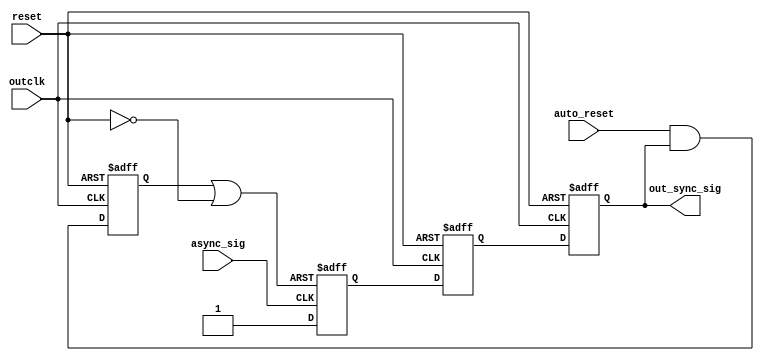
module async_trap_and_reset (async_sig, outclk, out_sync_sig, auto_reset, reset);
/* this module traps an asyncronous signal async_sig and syncronizes it via 2 flip-flops to outclk. The resulting
   signal is named out_sync_sig. auto_reset tells the module whether to do an auto-reset of out_sync_sig after 2 clocks.
   reset is an asynchronous reset signal. The reset signal is active LOW. */


input async_sig, outclk, auto_reset, reset;
output out_sync_sig;

reg async_trap, sync1, sync2;

reg actual_auto_reset_signal;


wire actual_async_sig_reset;

wire auto_reset_signal =  auto_reset && sync2;

assign actual_async_sig_reset = actual_auto_reset_signal || (!reset);


assign out_sync_sig = sync2;

always @ (posedge async_sig or posedge actual_async_sig_reset)
begin
	 if (actual_async_sig_reset)
	 	async_trap <= 1'b0;
	 else
	 	async_trap <= 1'b1;
end

always @ (posedge outclk or negedge reset)
begin
	 if (~reset)
	 begin
	 	  sync1 <= 1'b0;
		  sync2 <= 1'b0;
	 end else
	 begin
	 	  sync1 <= async_trap;
		  sync2 <= sync1;
	 end
end

always @ (negedge outclk or negedge reset)
begin
	if (~reset)
		 actual_auto_reset_signal <= 1'b0;
	else
		 actual_auto_reset_signal <= auto_reset_signal;
end

endmodule